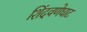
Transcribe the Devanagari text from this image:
शिंदवणेघाट